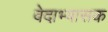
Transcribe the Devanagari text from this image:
वेदाभ्यासक